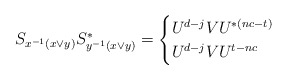
\begin{align*}S_{x^{-1}(x \vee y)}S_{y^{-1}(x \vee y)}^*=\begin{cases}U^{d-j}VU^{*(nc-t)}&\\U^{d-j}VU^{t-nc}&\end{cases}\end{align*}